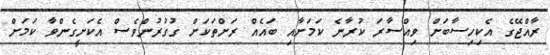
ރާއްޖޭގެ އެކިހިސާބަށް ވިއްސާރަ ކުރާނެ ކަމަށާއި ބައެއް ރަށްތަކަށް ގުގުރުންވެސް އެކަށީގެންވާ ކަމަށް